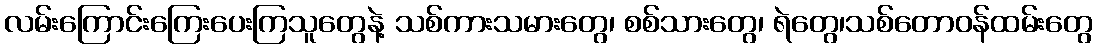
လမ်းကြောင်းကြေးပေးကြသူတွေနဲ့ သစ်ကားသမားတွေ၊ စစ်သားတွေ၊ ရဲတွေ၊သစ်တောဝန်ထမ်းတွေ